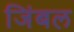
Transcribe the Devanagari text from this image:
जिंबल